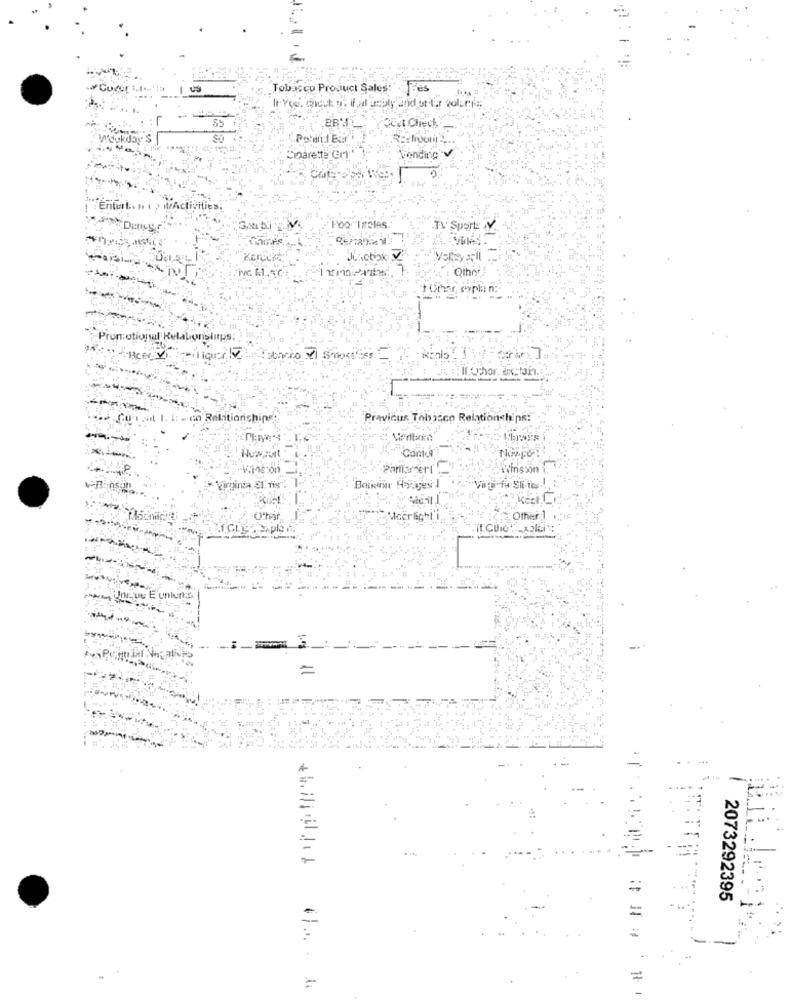
Tobacco Product Sales:
Fres
55
QUet Chech,
"parente Grr
Vending V.
Entert. .. . . wActivities;
00: Teslas
TV Sport: V.
Jukeboky
Promotional Relabonslips:
Beer Vibiliquer !
7
co Relationships:
Pravicus Tobisco Relationships:
Parlamert !
Vinsson
virginia ST nis".
Bouwer Hoyliges I
Moerlight i.
Other 1
ue E unlurkt.
. * * #:
2073292395
=
=